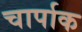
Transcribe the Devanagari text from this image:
चार्पाक